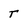
Character: t